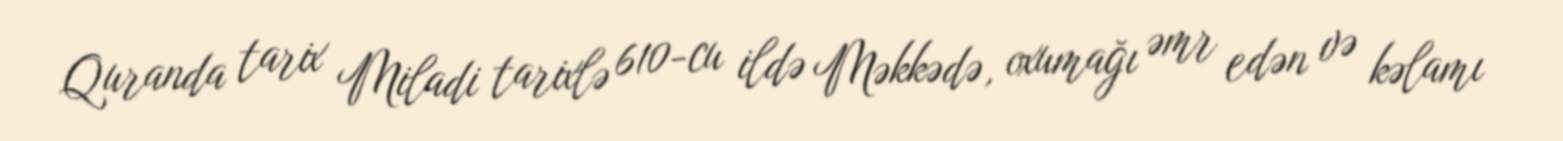
Quranda tarix Miladi tarixlə 610-cu ildə Məkkədə, oxumağı əmr edən və kəlamı